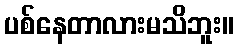
ပစ်နေတာလားမသိဘူး။